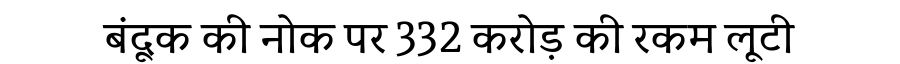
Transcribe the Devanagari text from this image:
बंदूक की नोक पर 332 करोड़ की रकम लूटी